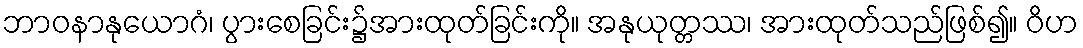
ဘာဝနာနုယောဂံ၊ ပွားစေခြင်း၌အားထုတ်ခြင်းကို။ အနုယုတ္တဿ၊ အားထုတ်သည်ဖြစ်၍။ ဝိဟ